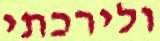
ולירכתי